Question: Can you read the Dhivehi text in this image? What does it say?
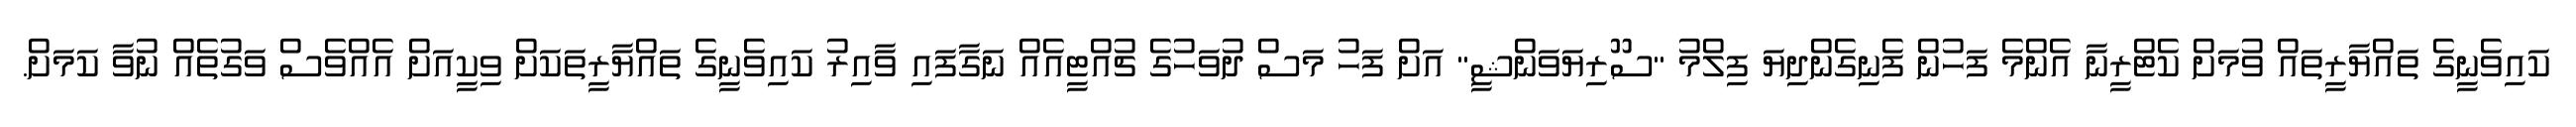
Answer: ކައިވެނީގެ ތައްޔާރީތައް ވުމަށް ކެޓްރީނާ އެންމެ ފަހުން ފެނިގެންދިޔަ ފިލްމު "ސޫރިޔަވަންޝީ" އަށް ފަހު މަސް ދުވަހުގެ ޗުއްޓީއެއް ނަގާފައި ވާއިރު ކައިވެނީގެ ތައްޔާރީތަކަށް ވިކީއަށް އެއްވެސް ވަގުތެއް ނުވާ ކަމަށް.